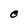
Character: O